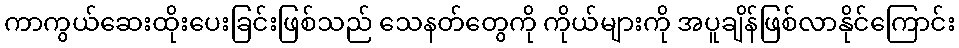
ကာကွယ်ဆေးထိုးပေးခြင်းဖြစ်သည် သေနတ်တွေကို ကိုယ်များကို အပူချိန်ဖြစ်လာနိုင်ကြောင်း